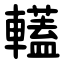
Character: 䡷